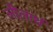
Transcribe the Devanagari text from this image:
लीलार्थ